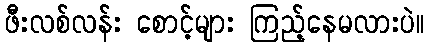
ဖီးလစ်လန်း စောင့်များ ကြည့်နေမလားပဲ။